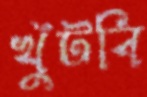
খুঁটবি